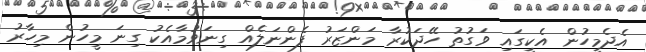
އެދެމީހުން އެކީގައި ވަގުތު ހޭދަކުރާ މަންޒަރު ފެންނަލެއް ގިނަވުމާއެކު ގިނަ މީހުން މިހާރު